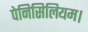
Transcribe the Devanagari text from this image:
पेनिसिलियम।